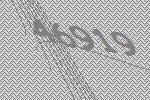
46919